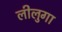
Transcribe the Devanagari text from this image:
लीलुगा